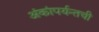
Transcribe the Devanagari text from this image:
अंकांपर्यन्तची